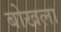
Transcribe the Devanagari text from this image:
बोखला